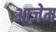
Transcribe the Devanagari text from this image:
आज़ेम